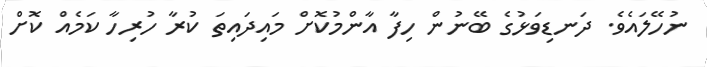
ނުހޭލައެވެ. ދަނޑިވަޅުގެ ބޭނުން ހިފާ އާންމުކޮށް މައިދައިތަ ކުރާ ހުރިހާ ކަމެއް ކޮށް